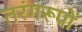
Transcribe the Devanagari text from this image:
तरंगरूपों